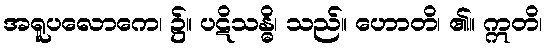
အရူပလောကေ၊ ၌။ ပဋိသန္ဓိ၊ သည်။ ဟောတိ၊ ၏။ ဣတိ၊